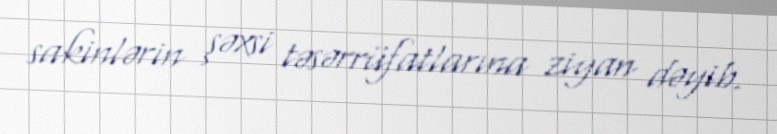
sakinlərin şəxsi təsərrüfatlarına ziyan dəyib.